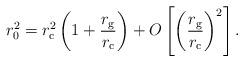
LaTeX: \begin{align*}r_{\rm 0}^2 =r_{\rm c}^2 \left( 1 + \frac{r_{\rm g}}{r_{\rm c}} \right) + O\left[\left(\frac{r_{\rm g}}{r_{\rm c}}\right)^2\right].\end{align*}